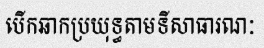
បើកឆាកប្រយុទ្ធតាមទីសាធារណៈ